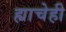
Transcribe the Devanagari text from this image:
ह्याचेही